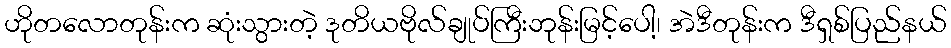
ဟိုတလောတုန်းက ဆုံးသွားတဲ့ ဒုတိယဗိုလ်ချုပ်ကြီးဘုန်းမြင့်ပေါ့၊ အဲဒီတုန်းက ဒီရှစ်ပြည်နယ်